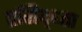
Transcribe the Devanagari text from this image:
प्रसिद्ध्ता